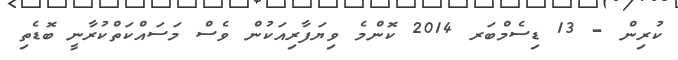
ކުރިން - 13 ޑިސެމްބަރ 2014 ކޮންމެ ވިޔަފާރިއަކުން ވެސް މަސައްކަތްކުރާނީ ބޮޑެތި